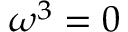
\omega ^ { 3 } = 0